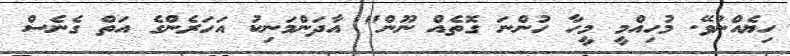
ހިޔެއްނުވޭ. މުހިއްމީ މީހާ ހުންނަ ގޮތެއް ނޫން" އާދަންމަނިކު އަހަރެންގެ އަތް ގެނެސް